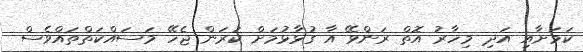
ކަމަށާއި އަދި މިހާރު އޮތް ރަންވޭ އާ ގުޅާޅުމަށް ކުރަން ޖެހޭ މަސައްކަތްތައްވެސް